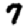
Digit: 7